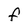
Character: F